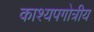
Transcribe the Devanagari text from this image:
काश्यपगोत्रीय